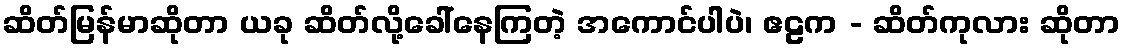
ဆိတ်မြန်မာဆိုတာ ယခု ဆိတ်လို့ခေါ်နေကြတဲ့ အကောင်ပါပဲ၊ ဧဠက - ဆိတ်ကုလား ဆိုတာ